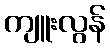
ကျူးလွန်